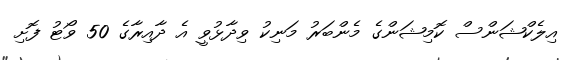
އިލެކްޝަންސް ކޮމިޝަންގެ މެންބަރު މަނިކު ވިދާޅުވީ އެ ދާއިރާގެ 50 ވޯޓު ފޮށި